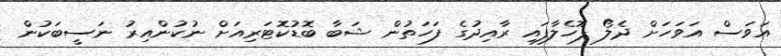
އަވަސް އަވަހަށް ދެލޯ ފޮހެލާފައި ރާއިދުގެ ފަހަތުން ޝަބާ ބޮޑުކޮޓަރިއަށް ނުކުންއިރު ނަސީބަކުން